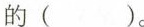
的（ ）。